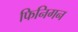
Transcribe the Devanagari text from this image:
फिनिगन